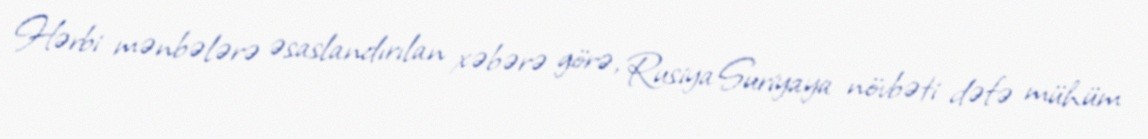
Hərbi mənbələrə əsaslandırılan xəbərə görə, Rusiya Suriyaya növbəti dəfə mühüm